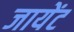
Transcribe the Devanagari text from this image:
जायेंट